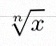
\sqrt[n]{x}